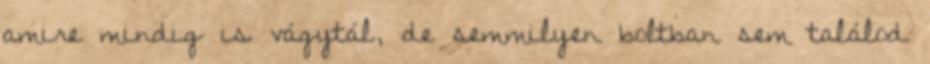
amire mindig is vágytál, de semmilyen boltban sem találod